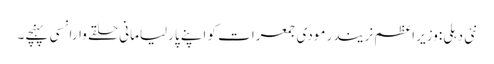
نئی دہلی:وزیر اعظم نریندر مودی جمعرات کو اپنے پارلیامانی حلقے وارانسی پہنچے۔